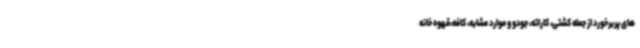
های پربرخورد از جمله کشتی، کاراته، جودو و موارد مشابه، کافه،قهوه خانه